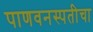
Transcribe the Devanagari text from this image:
पाणवनस्पतीचा